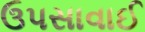
ઉપસાવાઈ